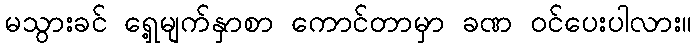
မသွားခင် ရှေ့မျက်နှာစာ ကောင်တာမှာ ခဏ ဝင်ပေးပါလား။